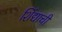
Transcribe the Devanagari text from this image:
शिंद्याची